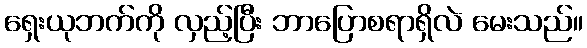
ရှေးယုဘက်ကို လှည့်ပြီး ဘာပြောစရာရှိလဲ မေးသည်။